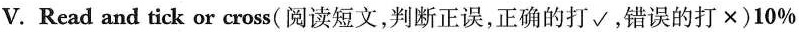
V.Read and tick or cross( 阅读短文,判断正误,正确的打√,错误的打×)10\%